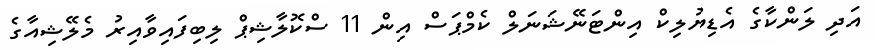
އަދި ލަންކާގެ އެޑިޔުލިކް އިންޓަނޭޝަނަލް ކެމްޕަސް އިން 11 ސްކޮލާޝިޕް ލިބިފައިވާއިރު މެލޭޝިއާގެ